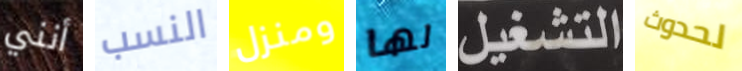
أنني النسب ومنزل لها التشغيل لحدوث